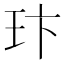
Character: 玣